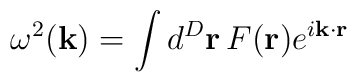
\omega^2({\bf k}) = \int d^D{\bf r} \, F({\bf r}) e^{i{\bf k}\cdot{\bf r}}